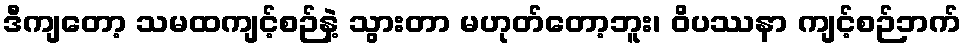
ဒီကျတော့ သမထကျင့်စဉ်နဲ့ သွားတာ မဟုတ်တော့ဘူး၊ ဝိပဿနာ ကျင့်စဉ်ဘက်